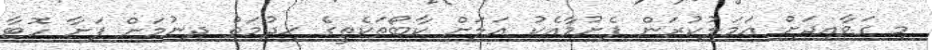
މި ގަވާއިދަށް ޢަމަލުކުރަން ފެށުމާއެކު އަލަށް ކާބޯތަކެތީގެ ޚިދުމަތް ދިނުމަށް ފަށާ ހޮޓާ